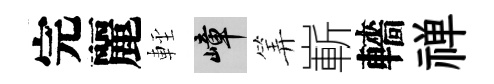
完麗䡖嶂筭嶄轖禅